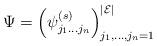
LaTeX: \begin{align*}\Psi=\left(\psi_{j_1\dots j_n}^{(s)}\right)_{j_1,\dots,j_n=1}^{|\mathcal{E}|}\end{align*}